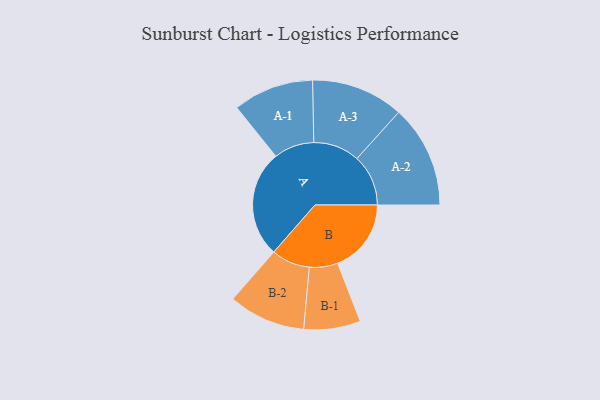
{"axis": {"x": "Segment", "y": "Value"}, "legend": ["", "A", "B"], "data": [{"x": "A", "y": 419, "type": ""}, {"x": "B", "y": 288, "type": ""}, {"x": "A-1", "y": 158, "type": "A"}, {"x": "A-2", "y": 201, "type": "A"}, {"x": "A-3", "y": 181, "type": "A"}, {"x": "B-1", "y": 111, "type": "B"}, {"x": "B-2", "y": 151, "type": "B"}]}